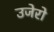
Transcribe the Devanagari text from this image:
उजेरो